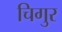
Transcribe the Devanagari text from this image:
चिगुर